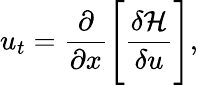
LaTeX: u_{t}=\frac{\partial}{\partial x}\Bigg[\frac{\delta\mathcal{H}}{\delta u}\Bigg],